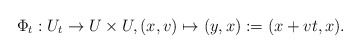
\begin{align*}\Phi_t :U_t & \to U \times U, (x,v) \mapsto (y,x) := (x+vt,x) .\end{align*}